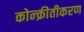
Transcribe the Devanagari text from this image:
कोन्क्रीतीकरण